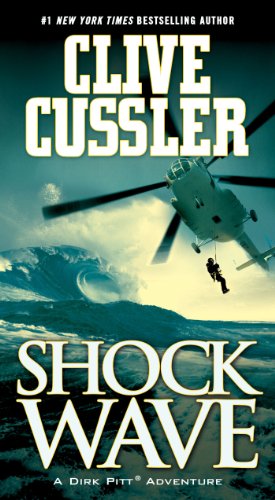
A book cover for Shock Wave (Dirk Pitt Adventure); Clive Cussler; Mystery, Thriller & Suspense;